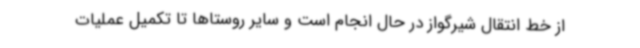
از خط انتقال شیرگواز در حال انجام است و سایر روستاها تا تکمیل عملیات